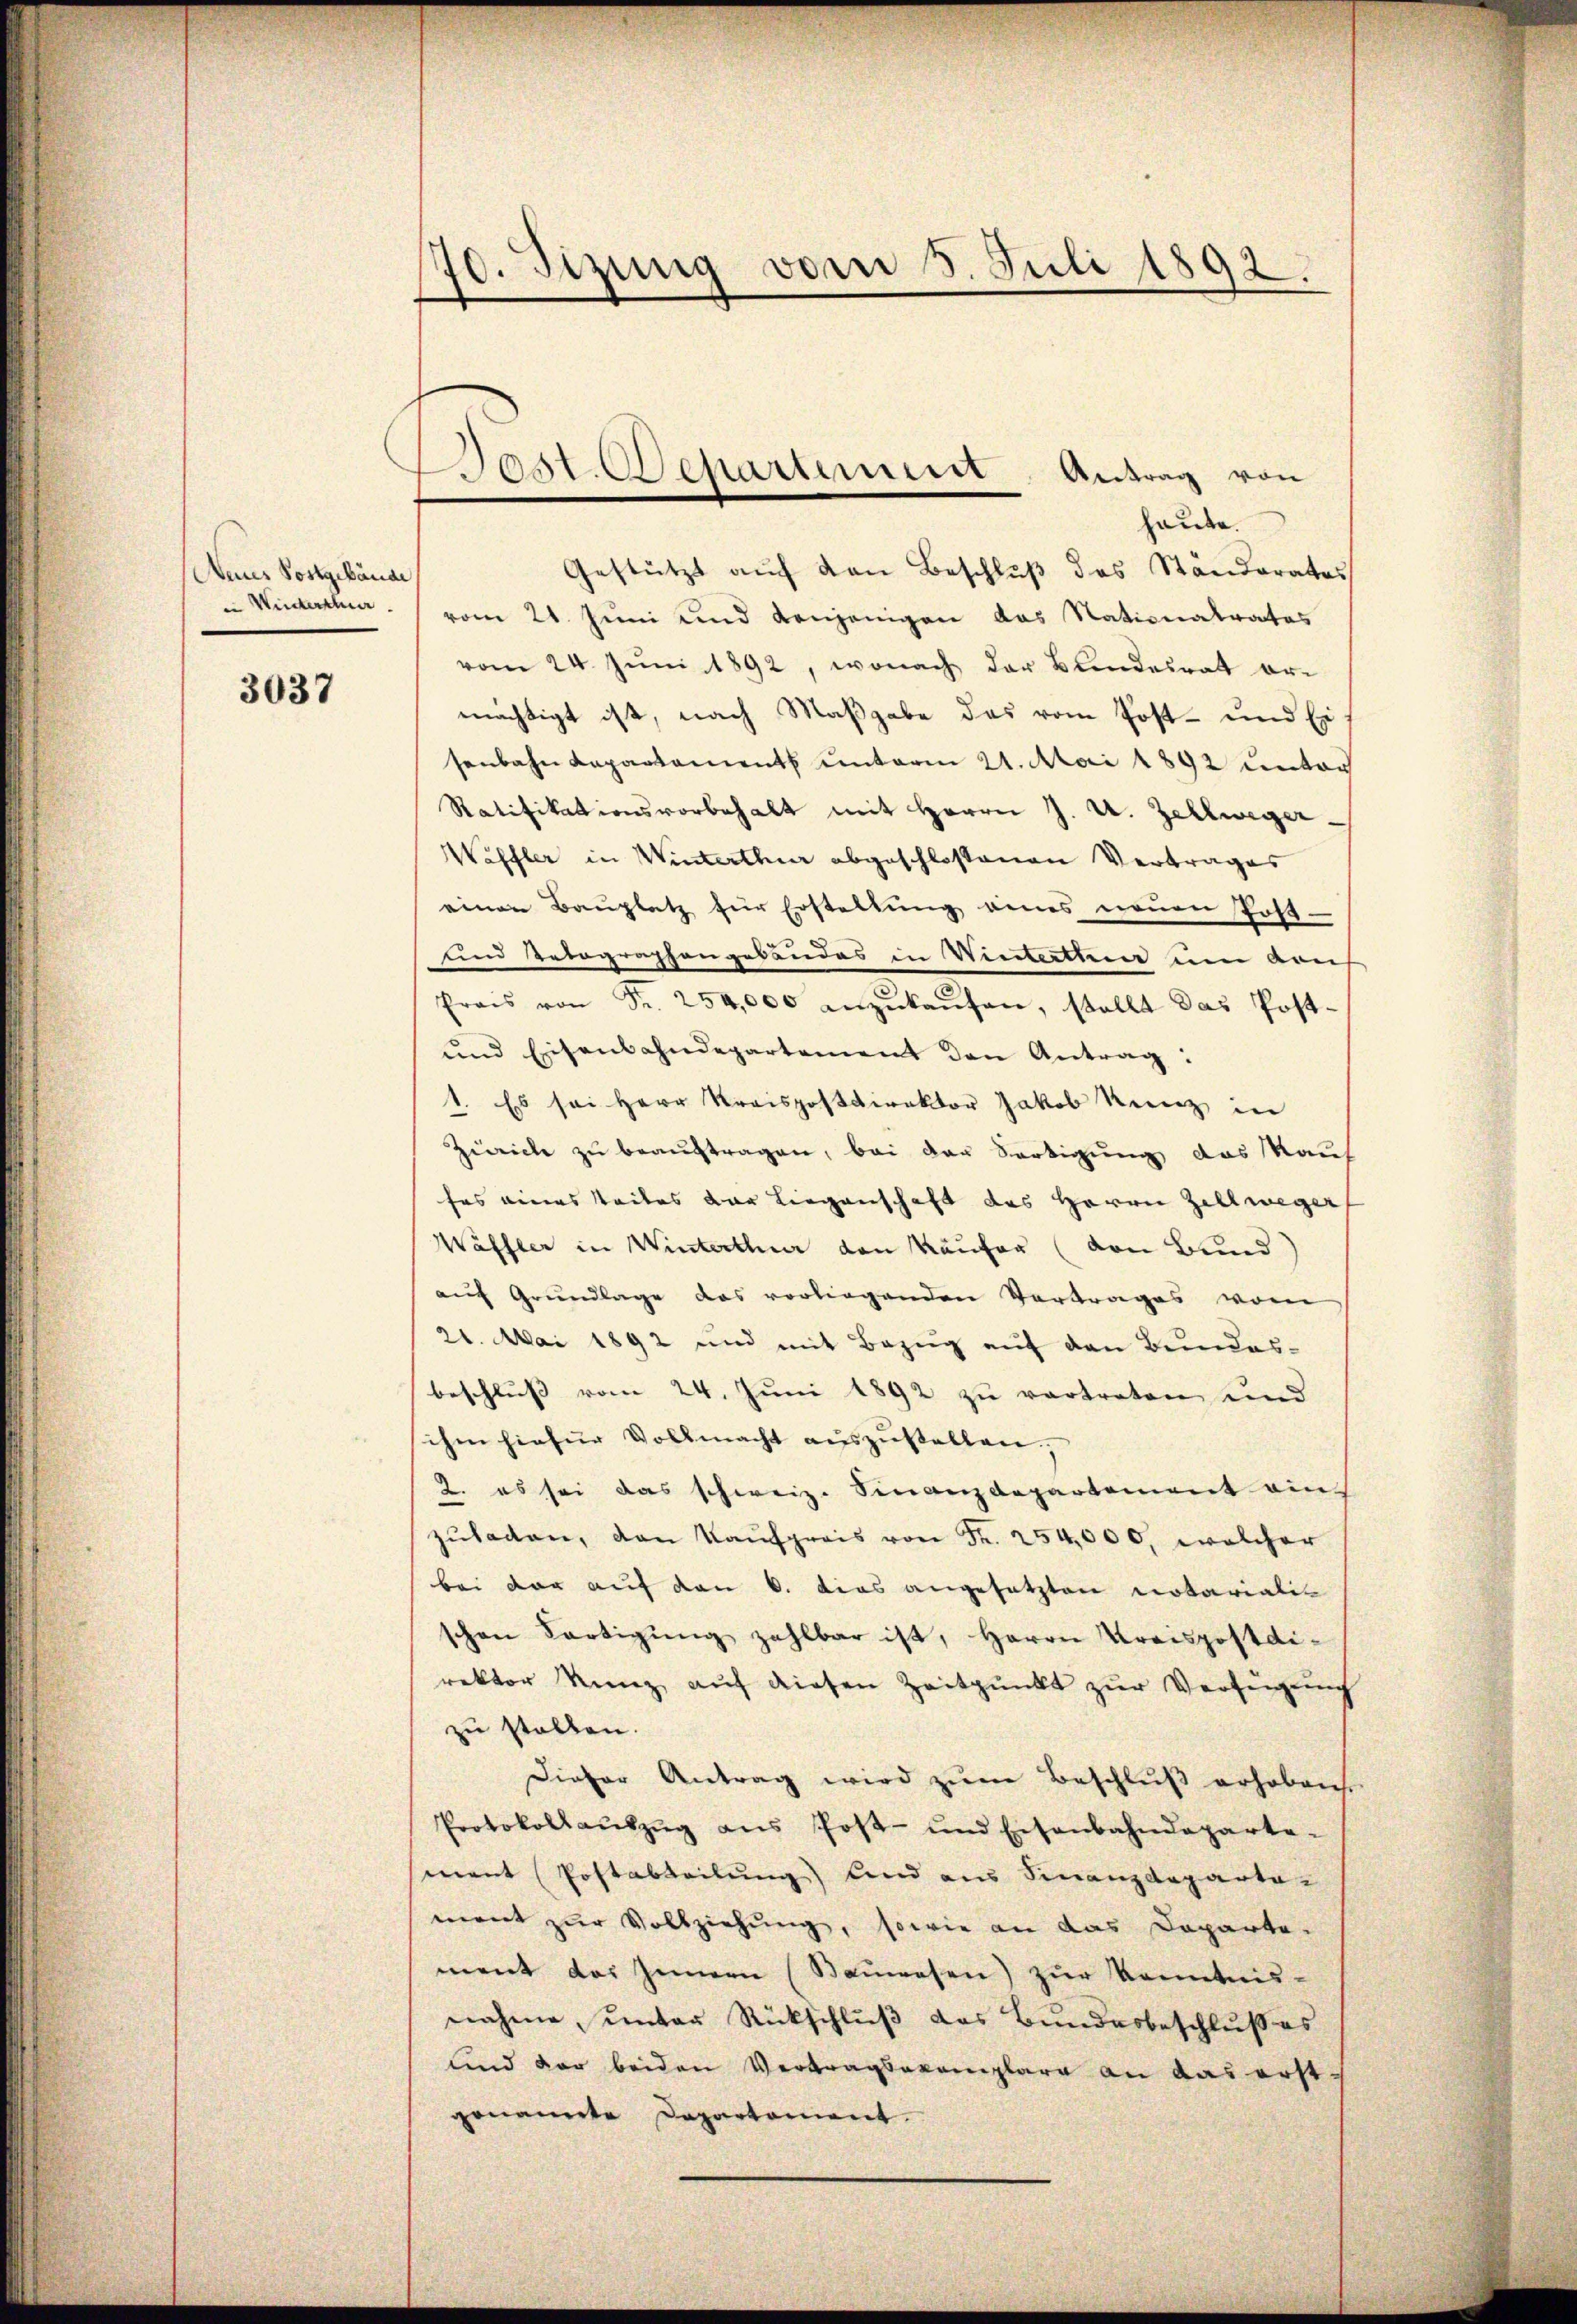
Aenes Postgebäude
Winterthur

3037

d. Tizung vom 5. Juli 1892.
f
d

heute.
Gestützt auf den Beschluß des Ständerates
vom 21. Juni und denjenigen das Nationatrates
vom 24. Juni 1892, wonach der Blindesrat ermächtigt ist, nach Maßgabe das vom Post- und Ei
senbahn Kapartaments unterm 21. Mai 1892 unter
Ratifikationsvorbehalt mit Herrn J. U. Zellweger.
Waffler in Winterthur abgeschlossenen Vertrages
einen Baŭplatz für Erstellŭng eines neŭen Post.
und Telegraphengebäudes in Winterthur um Aus
Preis von Fr. 254,000 anzŭkaŭfen, stellt das Post-
und Eisenbahndepartement den Antrag:
1. Es sei Herr Kreispostdirektor Jakob Kunz in
Zürich zu beaŭftragen, bei der Fertigung das Kauf
fes eines teiles der Liegenschaft des Herrn Zellweger
Wäffler in Winterthur den Käufer (von Bund
auf Grundlage das vorliegenden Vortrages vom
21. Mai 1892 und mit Bezug auf den Bundes-
beschluss vom 24. Juni 1892 zu vertreten und
ihen hiefür Vollmacht auszustellen,
2. es sei das schweiz. Finanzdepartement ain
zŭladen, den Kaŭfpreis von Fr. 254,000, welcher
bei der auf den 6. dies angesetzten notarialis
schen Fertigung zahlbar ist, Herrn Kreispostdirektor Kunz aŭf diesen Zeitpunkt zŭr Verfügung
zu stellen.
Dieser Antrag wird zŭm Beschluß erhoben.
Protokollaŭszŭg ans Post- und Eisenbahndeparte-
mant (Postabteilung) und aus Finanzdeparta-
ment zur Vollziehung, sowie an das Departe-
ment des Innern (Bauwesen) zur Kenntnis-
nahme, unter Rückschluß das Bundesbeschluß es
und der beiden Vertragsexemplare an das erst-
genannte Departament.

Dast. Repartement. Antrag von